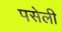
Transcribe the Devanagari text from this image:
पसेली